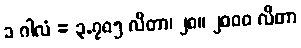
၁ ဂါလံ = ၃.၇၈၅ လီတာ၊ ၂၈။ ၂၀၀၀ လီတာ